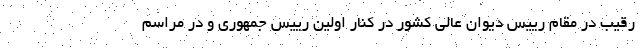
رقیب در مقام رییس دیوان عالی کشور در کنار اولین رییس جمهوری و در مراسم